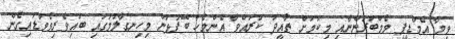
ވީމާ އެމްޑީޕީ މެމްބަރުންނާއި މިކަމަށް ތާއީދު ކުރައްވާ އެންމެހާ ބޭފުޅުން މިހިނގާލުމުގައި ބައިވެރިވެވަޑައިގެން